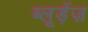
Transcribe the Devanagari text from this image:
ब्लूड़ेंज़